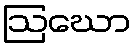
ဩဃော